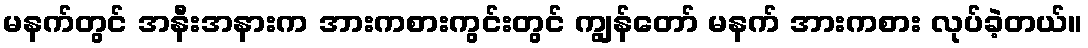
မနက်တွင် အနီးအနားက အားကစားကွင်းတွင် ကျွန်တော် မနက် အားကစား လုပ်ခဲ့တယ်။